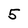
Character: 5